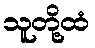
သူတို့ထံ